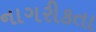
નાગરીકતા